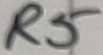
Text: R5